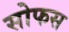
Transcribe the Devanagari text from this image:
सोफस